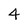
Character: 4